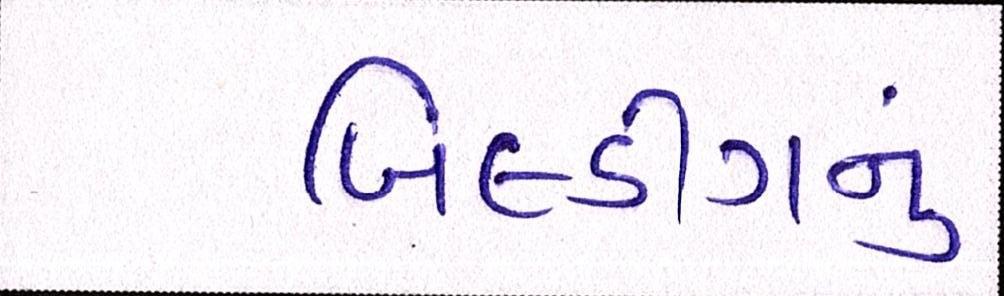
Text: બિલ્ડીંગનું